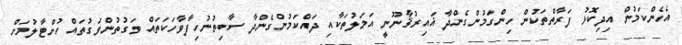
އެހެންކަމުން އިދިކޮޅު ފަރާތްތަކުން ހިންގަމުންގެންދާ ޣައިރުޤާނޫނީ އަމަލުތަކާއި ދައްކަމުންގެންދާ ސާބިތުނުހިފާވާހަކަތައް ވަގުތުންވަގުތައް ހުށްޓާލުމަށް